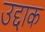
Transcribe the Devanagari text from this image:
उद्दाक